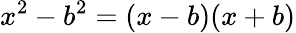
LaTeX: x^{2}-b^{2}=(x-b)(x+b)